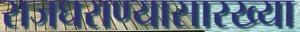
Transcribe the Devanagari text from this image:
राजघराण्यासारख्या